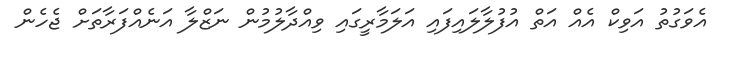
އެވަގުތު އަވިކް އެއް އަތް އުފުލާލައިފައި އަލަމާރީގައި ވިއްދާލުމުން ނަޒްލާ އަނެއްފަރާތަށް ޖެހެން